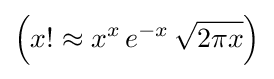
\left(x!\approx x^{x}\,e^{-x}\,{\sqrt {2\pi x}}\right)